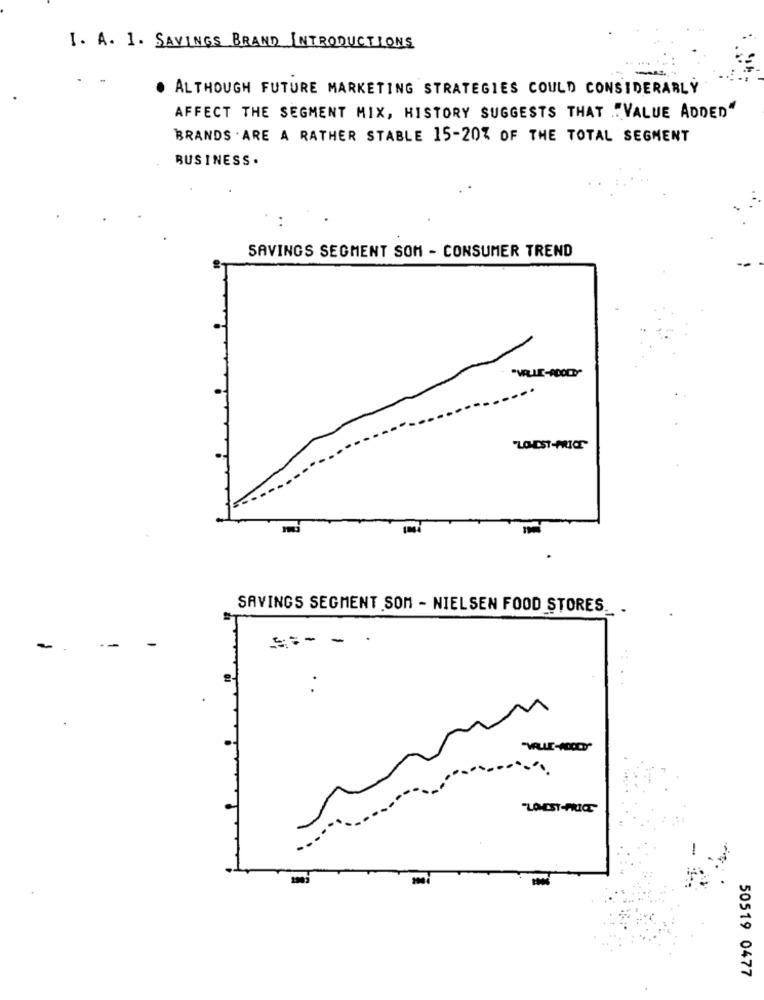
I. A. I. SAVINGS BRAND INTRODUCTIONS
--
. ALTHOUGH FUTURE MARKETING STRATEGIES COULD CONSIDERABLY
AFFECT THE SEGMENT MIX, HISTORY SUGGESTS THAT "VALUE ADDED"
BRANDS . ARE A RATHER STABLE 15-20% OF THE TOTAL SEGMENT
BUSINESS .
SAVINGS SEGMENT SOM - CONSUMER TREND
"LOEST-NICE
SAVINGS SEGMENT SOM - NIELSEN FOOD STORES ..
-
-
--
50519 0477